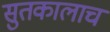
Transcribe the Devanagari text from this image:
सुतकालाच